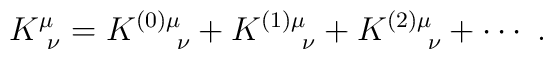
K^\mu_{\ \nu} = K^{(0)\mu}_{\quad \ \nu}            +K^{(1)\mu}_{\quad \ \nu}+K^{(2)\mu}_{\quad \ \nu}+\cdots  \ .